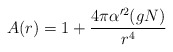
\begin{align*}A(r) = 1 + {4\pi \alpha '^2 (gN) \over r^4}\end{align*}